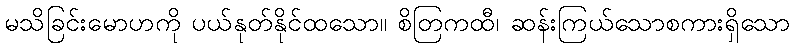
မသိခြင်းမောဟကို ပယ်နုတ်နိုင်ထသော။ စိတြကထီ၊ ဆန်းကြယ်သောစကားရှိသော